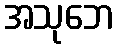
အသုဘေ